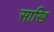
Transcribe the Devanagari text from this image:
साखि